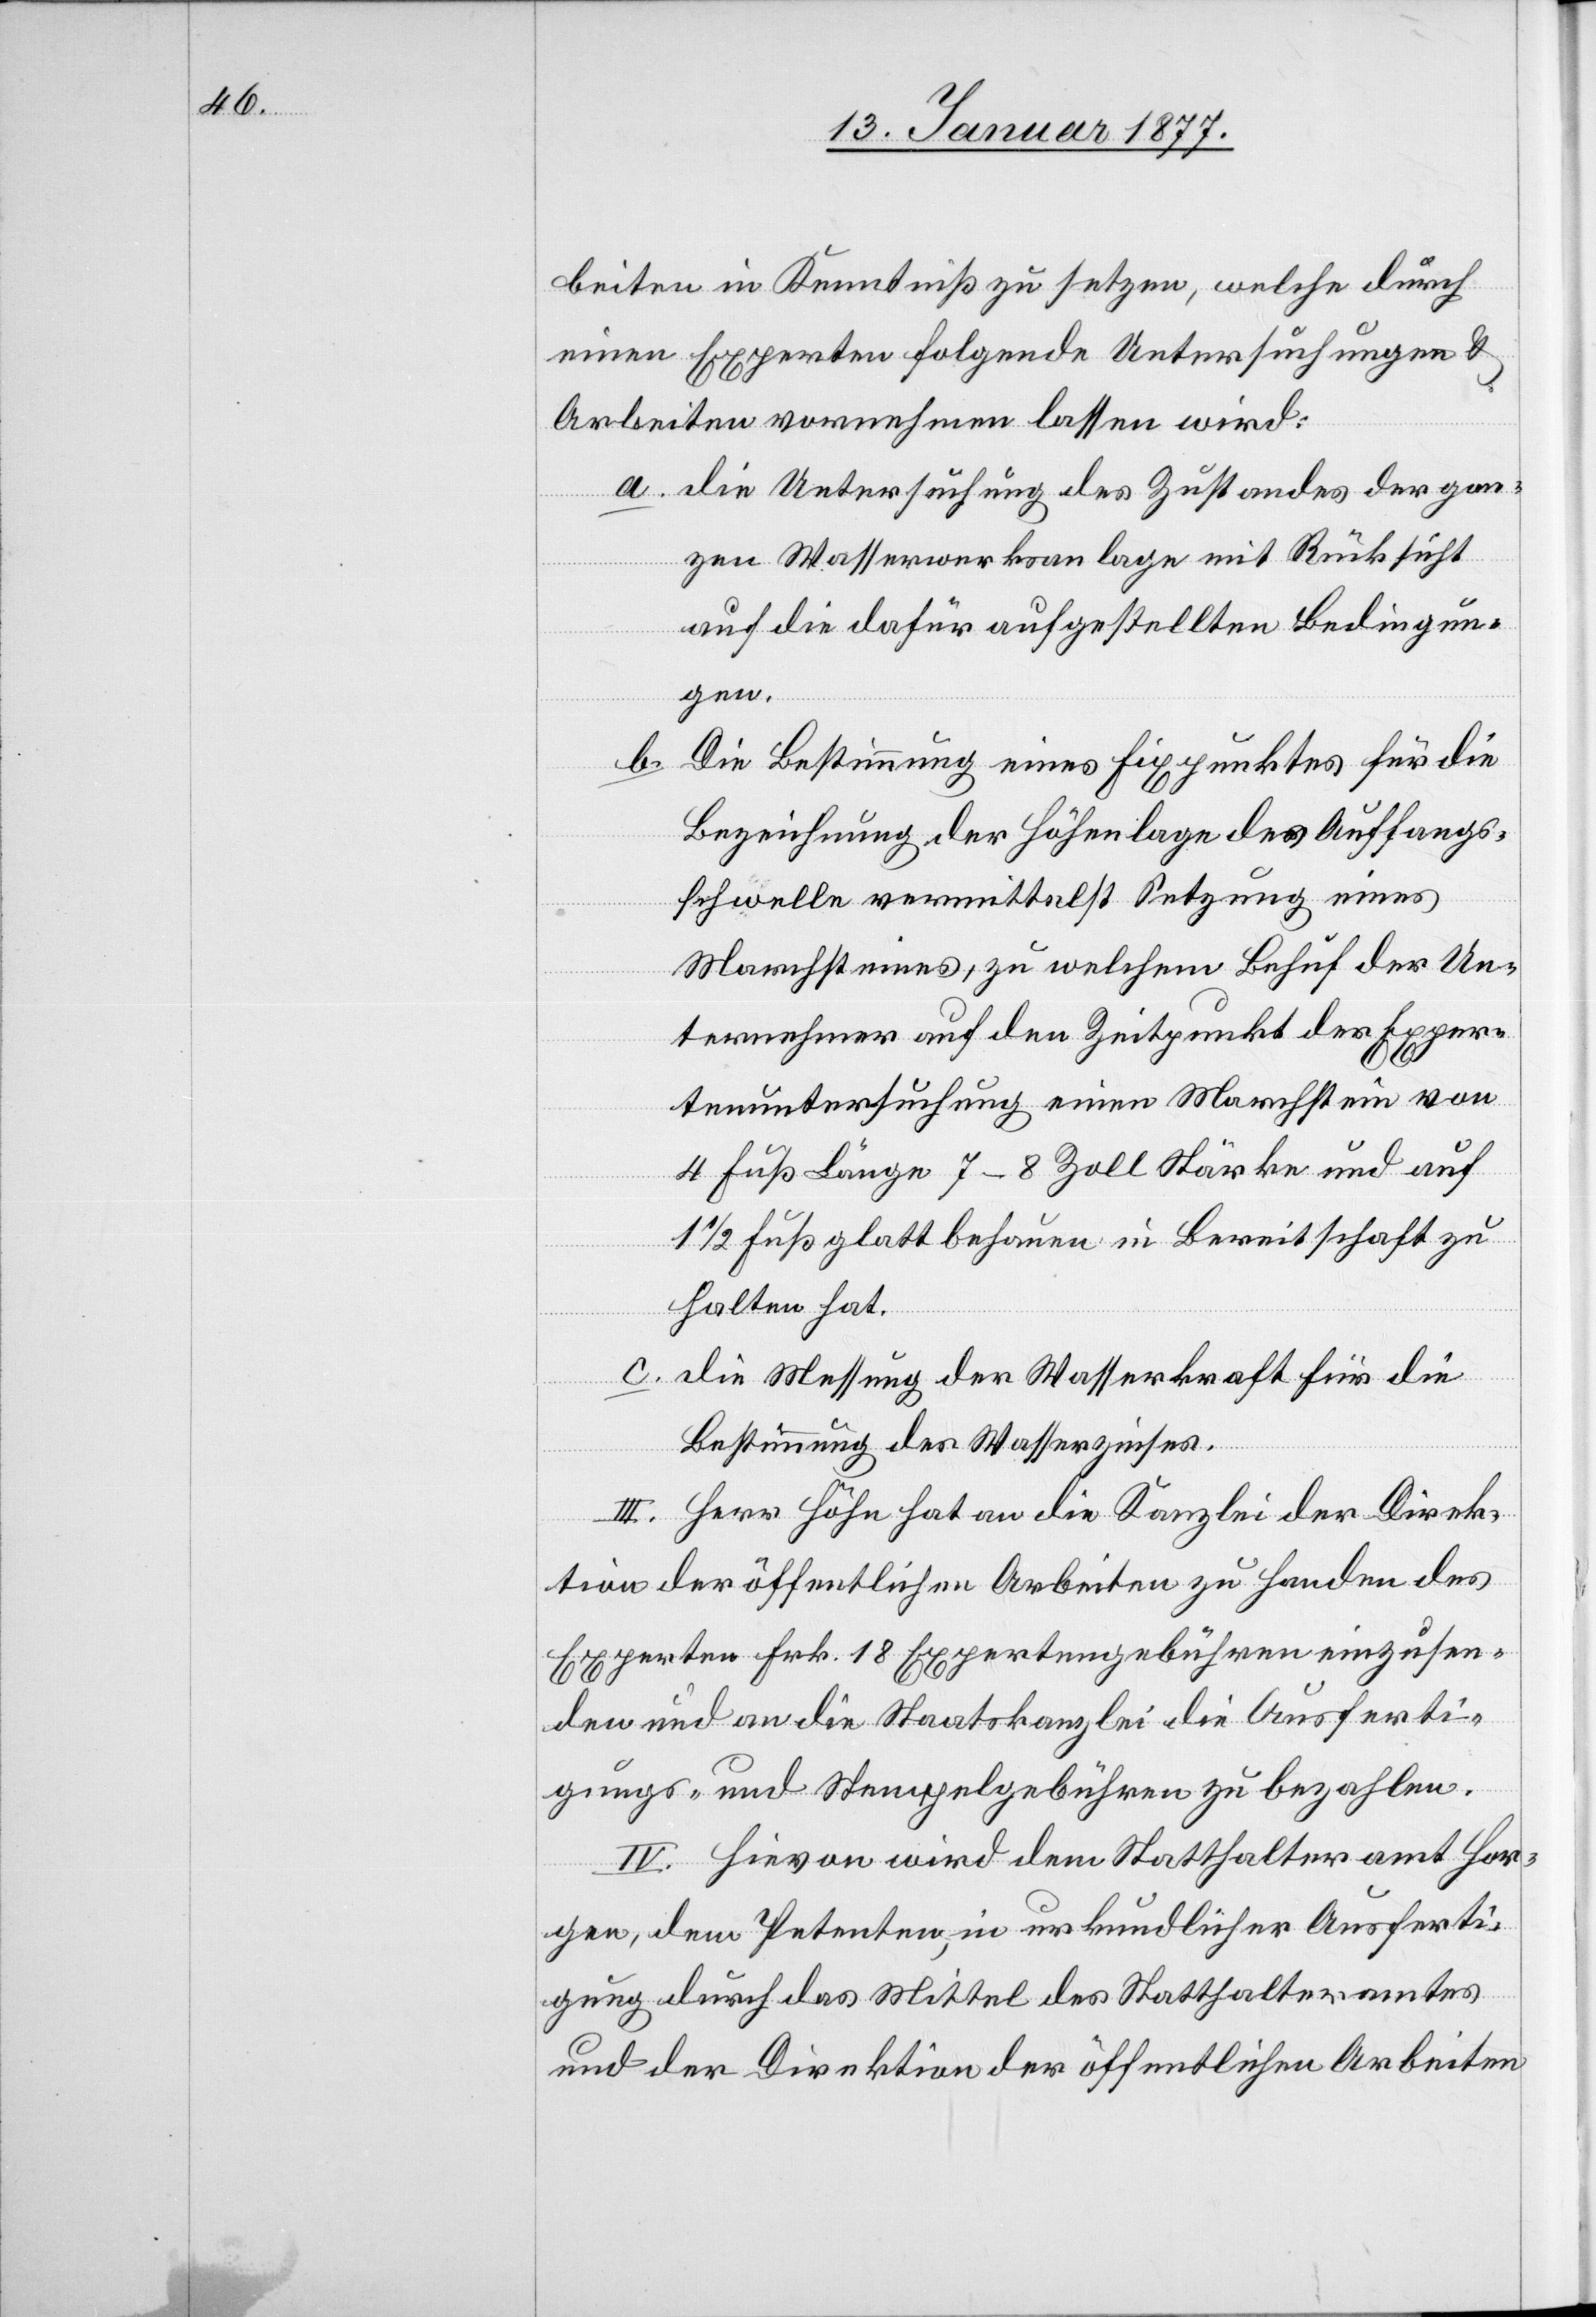
beiten in Kenntniß zu setzen, welche durch
einen Experten folgende Untersuchungen &
Arbeiten vornehmen lassen wird:
a. Die Untersuchung des Zustandes der gan¬
zen Wasserwerksanlage mit Rücksicht
auf die dafür aufgestellten Bedingun¬
gen.
b. Die Bestimmung eines Fixpunktes für die
Bezeichnung der Höhenlage der Auffangs¬
schwelle vermittelst Setzung eines
Marchsteines, zu welchem Behuf der Un¬
ternehmer auf den Zeitpunkt der Exper¬
tenuntersuchung einen Marchstein von
4 Fuß Länge 7–8 Zoll Stärke und auf
1 1/2 Fuß glatt behauen in Bereitschaft zu
halten hat.
c. Die Messung der Wasserkraft für die
Bestimmung des Wasserzinses.
III. Herr Höhn hat an die Kanzlei der Direk¬
tion der öffentlichen Arbeiten zu Handen des
Experten Frk. 18 Expertengebühren einzusen¬
den und an die Staatskanzlei die Ausferti¬
gungs- und Stempelgebühren zu bezahlen.
IV. Hievon wird dem Statthalteramt Hor¬
gen, dem Petenten, in urkundlicher Ausferti¬
gung durch das Mittel des Statthalteramtes
und der Direktion der öffentlichen Arbeiten